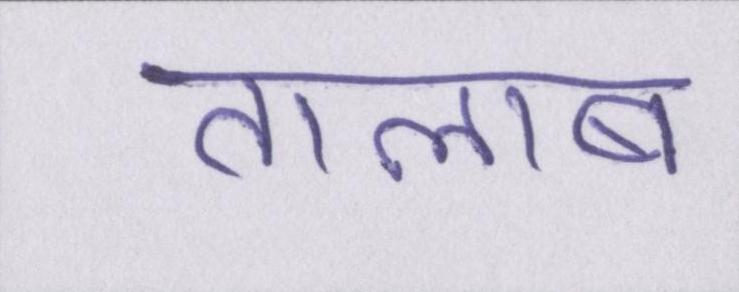
तालाब